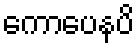
ကောပေနပိ